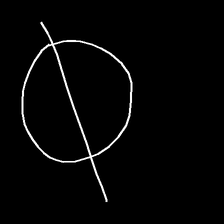
Glyph: orb